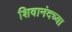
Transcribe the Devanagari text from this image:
शिवानंदच्या